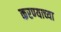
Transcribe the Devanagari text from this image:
करण्‍याच्‍या